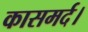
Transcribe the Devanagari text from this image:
कासमर्द।